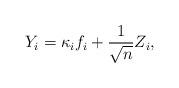
LaTeX: \begin{align*} Y_i = \kappa_if_i + \frac{1}{\sqrt{n}}Z_i,\end{align*}